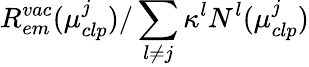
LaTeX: R_{em}^{vac}(\mu_{clp}^{j})/\sum_{l\neq j}\kappa^{l}N^{l}(\mu_{clp}^{j})